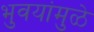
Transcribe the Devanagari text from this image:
भुवयांमुळे